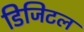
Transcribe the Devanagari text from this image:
डिजिटल